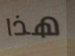
هذا